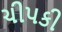
ચીપકી